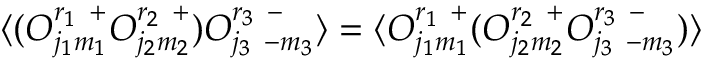
\langle ( { \cal O } _ { j _ { 1 } m _ { 1 } } ^ { r _ { 1 } ~ + } { \cal O } _ { j _ { 2 } m _ { 2 } } ^ { r _ { 2 } ~ + } ) { \cal O } _ { j _ { 3 } ~ { - m _ { 3 } } } ^ { r _ { 3 } ~ - } \rangle = \langle { \cal O } _ { j _ { 1 } m _ { 1 } } ^ { r _ { 1 } ~ + } ( { \cal O } _ { j _ { 2 } m _ { 2 } } ^ { r _ { 2 } ~ + } { \cal O } _ { j _ { 3 } ~ { - m _ { 3 } } } ^ { r _ { 3 } ~ - } ) \rangle \nonumber